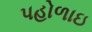
પહોળાઇ